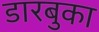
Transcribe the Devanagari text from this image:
डारबुका